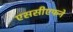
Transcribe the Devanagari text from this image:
एससीएफने